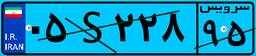
۰۵S۲۲۸۹۵